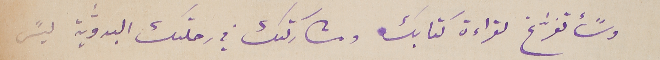
وسًأتفرّغ لقراءة كتابك ومشاركتك في رحلتك البدوّية ليسً